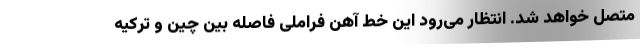
متصل خواهد شد. انتظار می‌رود این خط آهن فراملی فاصله بین چین و ترکیه